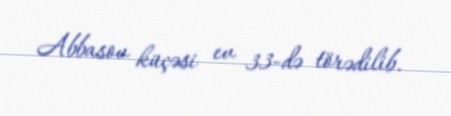
Abbasov küçəsi ev 33-də törədilib.